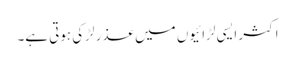
اکثر ایسی لڑائیوں میں عذر لڑکی ہوتی ہے۔